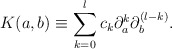
\begin{align*}K(a,b)\equiv\sum_{k=0}^{l}c_{k} \partial_{a}^{k}\partial_{b}^{(l-k)}.\end{align*}